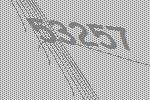
53257